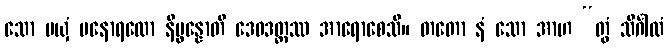
သော မယှံ မနောရထော နိပ္ဖန္နောတိ ဒေဝဒတ္တဿ အာရောစေသိ။ တတော နံ သော အာဟ “တွံ သိင်္ဂါလံ